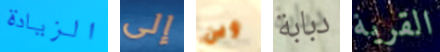
الزيادة إلى وين دبابة القرية